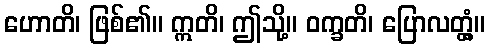
ဟောတိ၊ ဖြစ်၏။ ဣတိ၊ ဤသို့။ ဝက္ခတိ၊ ပြောလတ္တံ့။